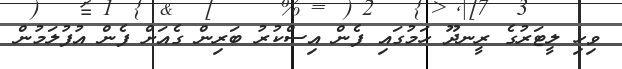
ވިހި ލީޓަރުގެ ރީނދޫ ހަމުގައި ފެން އިސްކުރު ބަރިން ގެއަށް ފެން އުފުލަމުން